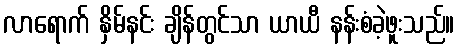
လာရောက် နှိမ်နင်း ချိန်တွင်သာ ယာယီ နန်းစံခဲ့ဖူးသည်။